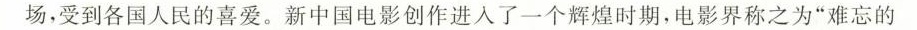
场，受到各国人民的喜爱。新中国电影创作进入了一个辉煌时期，电影界称之为”难忘的